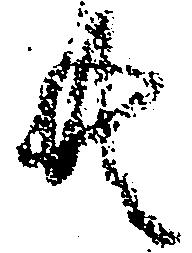
共